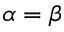
\alpha = \beta